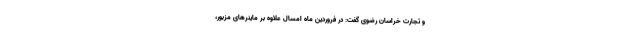
و تجارت خراسان رضوی گفت: در فروردین ماه امسال علاوه بر ماینرهای مزبور،